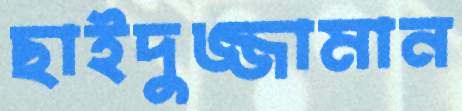
ছাইদুজ্জামান